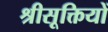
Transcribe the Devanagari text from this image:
श्रीसूक्तियों